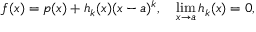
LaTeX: f ( x ) = p ( x ) + h _ { k } ( x ) ( x - a ) ^ { k } , \quad \operatorname* { l i m } _ { x \to a } h _ { k } ( x ) = 0 ,